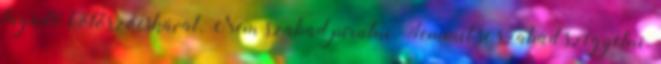
tagadó kötőszócskával. Nem szabad pirulni. Semmit se szabad szégyelni.